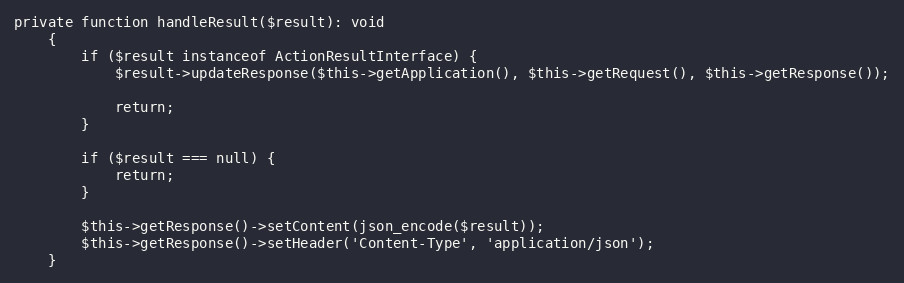
Language: PHP
private function handleResult($result): void
    {
        if ($result instanceof ActionResultInterface) {
            $result->updateResponse($this->getApplication(), $this->getRequest(), $this->getResponse());

            return;
        }

        if ($result === null) {
            return;
        }

        $this->getResponse()->setContent(json_encode($result));
        $this->getResponse()->setHeader('Content-Type', 'application/json');
    }